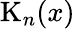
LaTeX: \mathrm{K}_{n}(x)